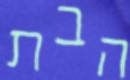
הבת